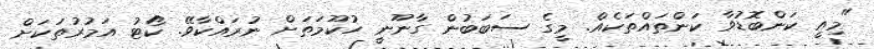
"މިއީ ކަންބޮޑުވާ ކަންތައްތަކެއް. މީގެ ސަބަބުން ގާނޫނީ ހުކޫމަތަށް ނުރައްކާވޭ. ކޯޓު އަމުރުތަކަށް